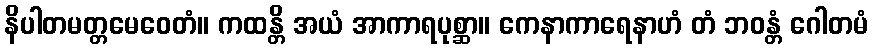
နိပါတမတ္တမေဝေတံ။ ကထန္တိ အယံ အာကာရပုစ္ဆာ။ ကေနာကာရေနာဟံ တံ ဘဝန္တံ ဂေါတမံ